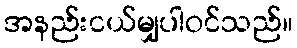
အနည်းငယ်မျှပါဝင်သည်။